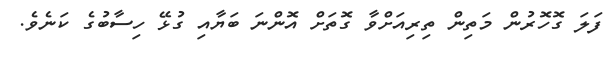
ފަލަ ގޮހޮރުން މަތިން ތިރިއަށްވާ ގޮތަށް އޮންނަ ބަޔާއި ގުޅޭ ހިސާބުގެ ކަނެވެ.